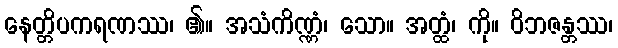
နေတ္တိပကရဏဿ၊ ၏။ အသံကိဏ္ဏံ၊ သော။ အတ္ထံ၊ ကို။ ဝိဘဇန္တဿ၊